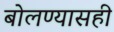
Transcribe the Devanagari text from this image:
बोलण्यासही